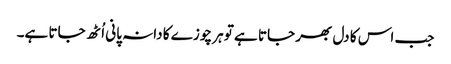
جب اس کا دل بھر جاتا ہے تو ہر چوزے کا دانہ پانی اُٹھ جاتا ہے۔